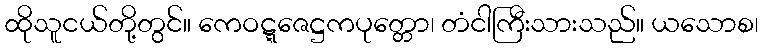
ထိုသူငယ်တို့တွင်။ ကေဝဋ္ဋဇေဋ္ဌကပုတ္တော၊ တံငါကြီးသားသည်။ ယသောစ၊